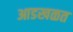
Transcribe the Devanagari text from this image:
आडखळत